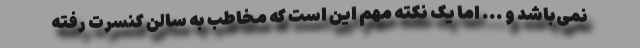
نمی‌باشد و ... اما یک نکته مهم این است که مخاطب به سالن کنسرت رفته